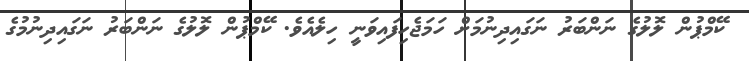
ކޭމްޕުން ލޮލުގެ ނަންބަރު ނަގައިދިނުމަށް ހަމަޖެހިފައިވަނީ ހިލެއެވެ. ކޭމްޕުން ލޮލުގެ ނަންބަރު ނަގައިދިނުމުގެ